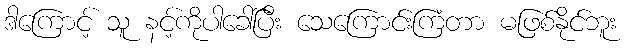
ဒါကြောင့် သူ နင့်ကိုပါခေါ်ပြီး သေကြောင်းကြံတာ မဖြစ်နိုင်ဘူး